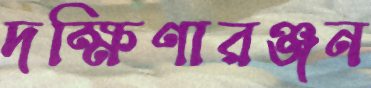
দক্ষিণারঞ্জন